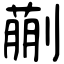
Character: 蒯